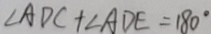
\angle A D C + \angle A D E = 1 8 0 ^ { \circ }